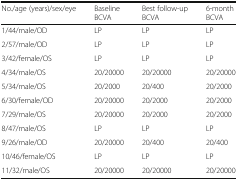
<table><thead><tr><td><b>No./age (years)/sex/eye</b></td><td><b>Baseline BCVA</b></td><td><b>Best follow-up BCVA</b></td><td><b>6-month BCVA</b></td></tr></thead><tbody><tr><td>1/44/male/OD</td><td>LP</td><td>LP</td><td>LP</td></tr><tr><td>2/57/male/OD</td><td>LP</td><td>LP</td><td>LP</td></tr><tr><td>3/42/female/OS</td><td>LP</td><td>LP</td><td>LP</td></tr><tr><td>4/34/male/OS</td><td>20/20000</td><td>20/20000</td><td>20/20000</td></tr><tr><td>5/34/male/OS</td><td>20/2000</td><td>20/400</td><td>20/2000</td></tr><tr><td>6/30/female/OD</td><td>20/20000</td><td>20/2000</td><td>20/2000</td></tr><tr><td>7/29/male/OS</td><td>20/20000</td><td>20/2000</td><td>20/2000</td></tr><tr><td>8/47/male/OS</td><td>LP</td><td>LP</td><td>LP</td></tr><tr><td>9/26/male/OD</td><td>20/20000</td><td>20/400</td><td>20/400</td></tr><tr><td>10/46/female/OS</td><td>LP</td><td>LP</td><td>LP</td></tr><tr><td>11/32/male/OS</td><td>20/20000</td><td>20/20000</td><td>20/20000</td></tr></tbody></table>